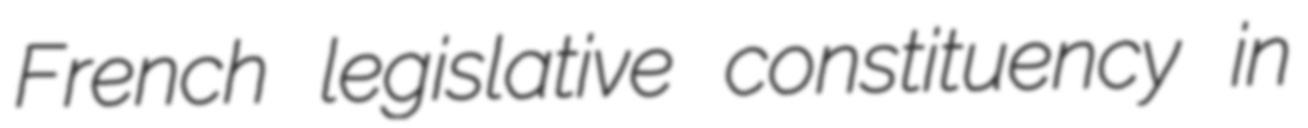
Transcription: French legislative constituency in